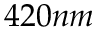
4 2 0 n m